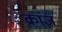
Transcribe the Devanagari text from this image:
क्रांज़